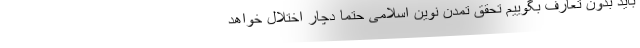
باید بدون تعارف بگوییم تحقق تمدن نوین اسلامی حتما دچار اختلال خواهد